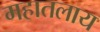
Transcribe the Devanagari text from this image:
महातलाय